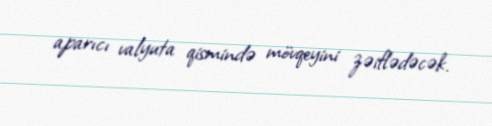
aparıcı valyuta qismində mövqeyini zəiflədəcək.